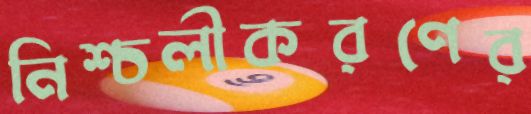
নিশ্চলীকরণের